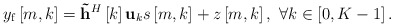
\begin{align*} {y_{\rm f}}\left[ {m,k} \right] = {{{\bf{\tilde h}}}^H}\left[ k \right]{{\bf{u}}_k}s\left[ {m,k} \right] + z\left[m,k\right], \ \forall k \in \left[0, {K}-1\right]. \end{align*}